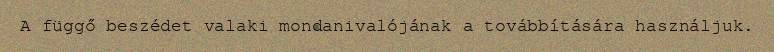
A függő beszédet valaki mondanivalójának a továbbítására használjuk.